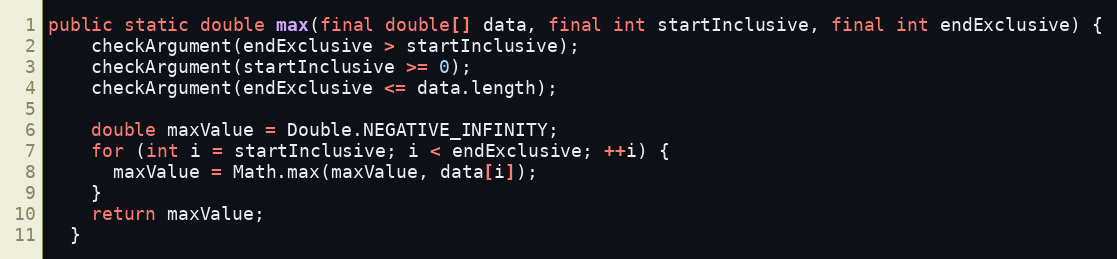
Language: Java
public static double max(final double[] data, final int startInclusive, final int endExclusive) {
    checkArgument(endExclusive > startInclusive);
    checkArgument(startInclusive >= 0);
    checkArgument(endExclusive <= data.length);

    double maxValue = Double.NEGATIVE_INFINITY;
    for (int i = startInclusive; i < endExclusive; ++i) {
      maxValue = Math.max(maxValue, data[i]);
    }
    return maxValue;
  }